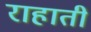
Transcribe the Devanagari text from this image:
राहाती